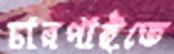
চারপাইতে